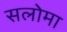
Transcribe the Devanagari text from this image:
सलोमा